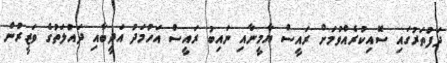
ދަފުތަރުގައި ސޮއިކުރެއްވުމަށް ރައީސް ޔާމީނާއި ނައިބު ރައީސް އަހުމަދު އަދީބާއި ދައުލަތުގެ ވަޒީރުން